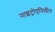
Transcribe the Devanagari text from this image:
नाइट्रोएनिलीन